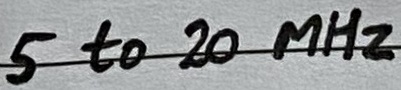
Text: 5 to 20 MHz